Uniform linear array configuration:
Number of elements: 24
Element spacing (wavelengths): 0.75
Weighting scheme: exponential
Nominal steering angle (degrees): -30
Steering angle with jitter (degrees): -31.955
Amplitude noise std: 0.05
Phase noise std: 0.05

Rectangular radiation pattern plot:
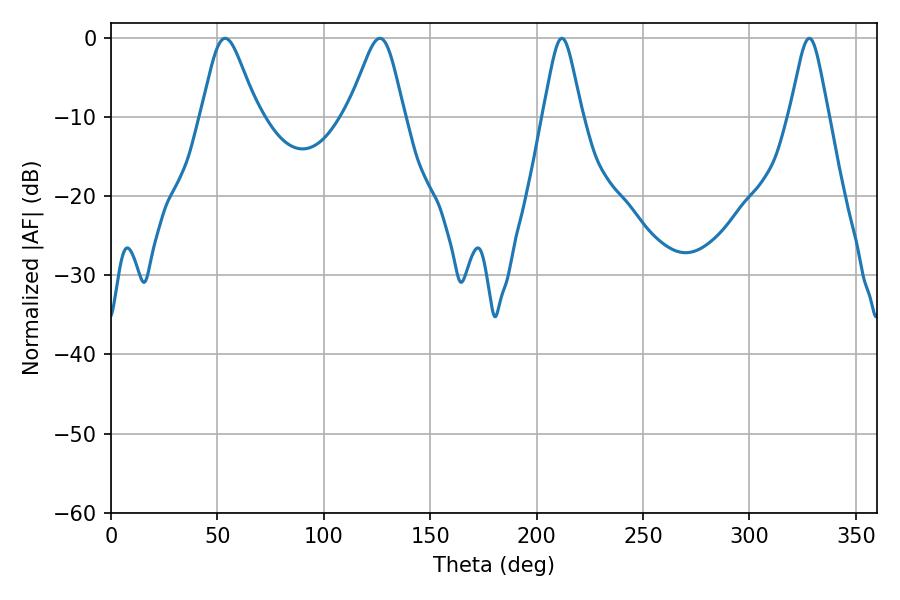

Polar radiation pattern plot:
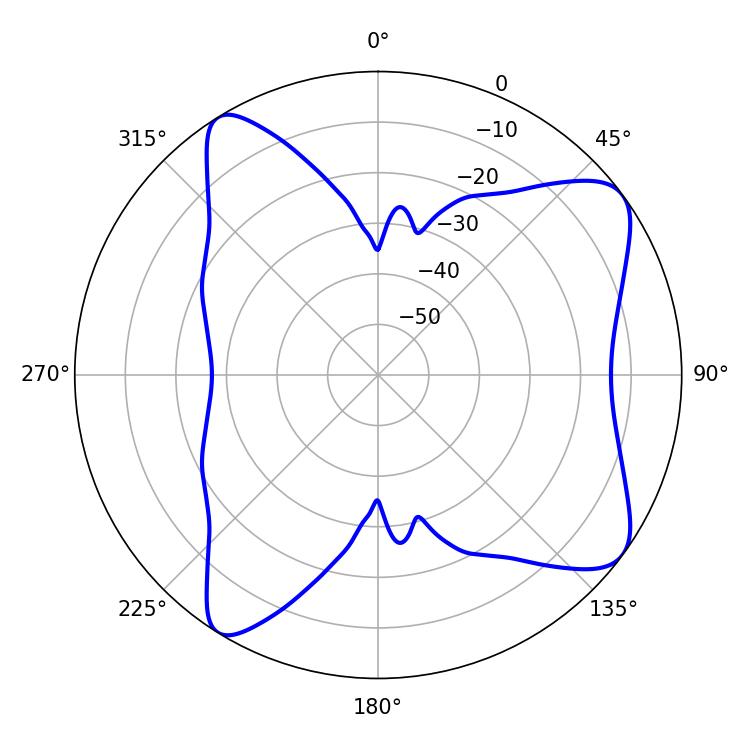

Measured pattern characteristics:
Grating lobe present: TRUE
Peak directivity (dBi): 8.825
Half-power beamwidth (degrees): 12.96
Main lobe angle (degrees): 53.64